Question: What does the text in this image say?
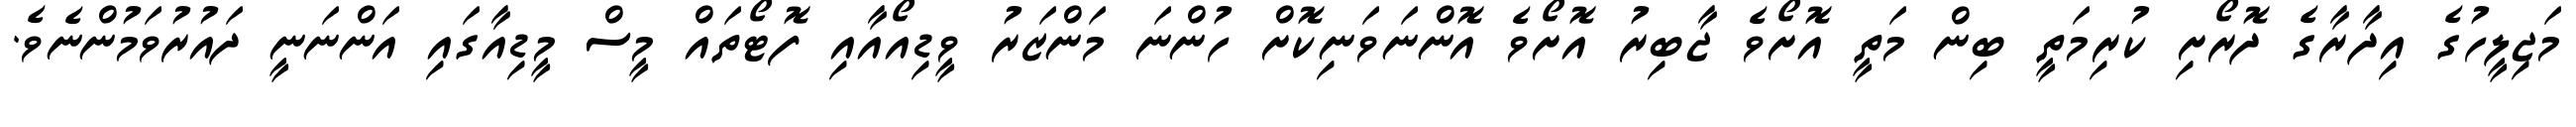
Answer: މަޖިލީހުގެ އިދާރާގެ ދޮރޯށި ކުރިމަތީ ބިން މަތީ އޮށޯވެ ޖާބިރު އޮށޯވެ އޮންނަވަނިކޮށް ހުންނަ މަންޒަރު ވީޑިއޯއާއި ފޮޓޯތައް މީސް މީޑިއާގައި އަންނަނީ ދައުރުވަމުންނެވެ.